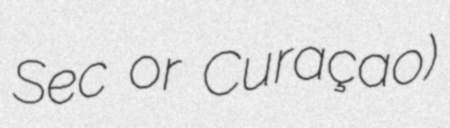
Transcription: Sec or Curaçao)